Insane asylums in Bengal annual reports 1867-1875 - 1867-1875
Year: 1867
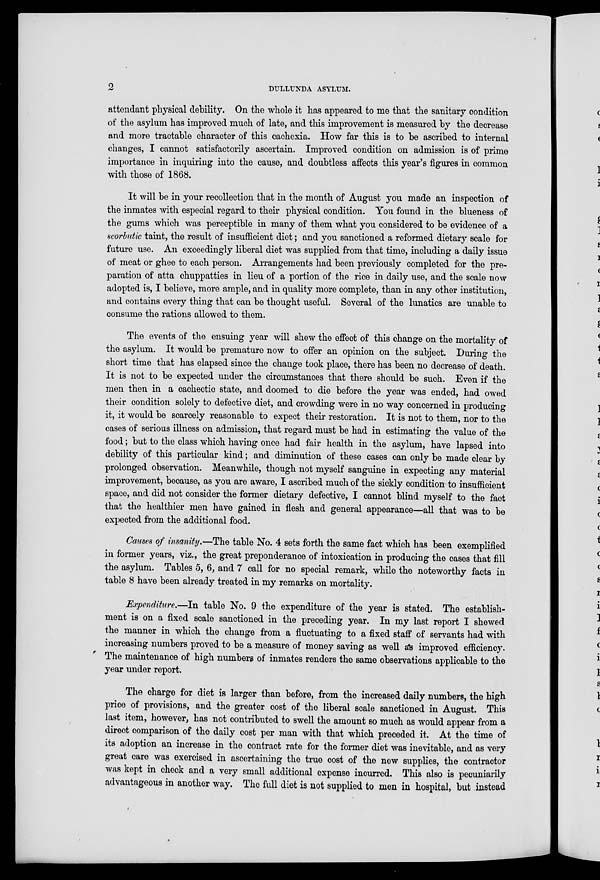
2
DULLUNDA ASYLUM.
attendant physical debility. On the whole it has appeared to me that the sanitary condition
of the asylum has improved much of late, and this improvement is measured by the decrease
and more tractable character of this cachexia. How far this is to be ascribed to internal
changes, I cannot satisfactorily ascertain. Improved condition on admission is of prime
importance in inquiring into the cause, and doubtless affects this year's figures in common
with those of 1868.
It will be in your recollection that in the month of August you made an inspection of
the inmates with especial regard to their physical condition. You found in the blueness of
the gums which was perceptible in many of them what you considered to be evidence of a
scorbutic taint, the result of insufficient diet; and you sanctioned a reformed dietary scale for
future use. An exceedingly liberal diet was supplied from that time, including a daily issue
of meat or ghee to each person. Arrangements had been previously completed for the pre-
paration of atta chuppatties in lieu of a portion of the rice in daily use, and the scale now
adopted is, I believe, more ample, and in quality more complete, than in any other institution,
and contains every thing that can be thought useful. Several of the lunatics are unable to
consume the rations allowed to them.
The events of the ensuing year will shew the effect of this change on the mortality of
the asylum. It would be premature now to offer an opinion on the subject. During the
short time that has elapsed since the change took place, there has been no decrease of death.
It is not to be expected under the circumstances that there should be such. Even if the
men then in a cachectic state, and doomed to die before the year was ended, had owed
their condition solely to defective diet, and crowding were in no way concerned in producing
it, it would be scarcely reasonable to expect their restoration. It is not to them, nor to the
cases of serious illness on admission, that regard must be had in estimating the value of the
food; but to the class which having once had fair health in the asylum, have lapsed into
debility of this particular kind; and diminution of these cases can only be made clear by
prolonged observation. Meanwhile, though not myself sanguine in expecting any material
improvement, because, as you are aware, I ascribed much of the sickly condition to insufficient
space, and did not consider the former dietary defective, I cannot blind myself to the fact
that the healthier men have gained in flesh and general appearance—all that was to be
expected from the additional food.
Causes of insanity.—The table No. 4 sets forth the same fact which has been exemplified
in former years, viz., the great preponderance of intoxication in producing the cases that fill
the asylum. Tables 5, 6, and 7 call for no special remark, while the noteworthy facts in
table 8 have been already treated in my remarks on mortality.
Expenditure.—In table No. 9 the expenditure of the year is stated. The establish-
ment is on a fixed scale sanctioned in the preceding year. In my last report I shewed
the manner in which the change from a fluctuating to a fixed staff of servants had with
increasing numbers proved to be a measure of money saving as well as improved efficiency.
The maintenance of high numbers of inmates renders the same observations applicable to the
year under report.
The charge for diet is larger than before, from the increased daily numbers, the high
price of provisions, and the greater cost of the liberal scale sanctioned in August. This
last item, however, has not contributed to swell the amount so much as would appear from a
direct comparison of the daily cost per man with that which preceded it. At the time of
its adoption an increase in the contract rate for the former diet was inevitable, and as very
great care was exercised in ascertaining the true cost of the new supplies, the contractor
was kept in check and a very small additional expense incurred. This also is pecuniarily
advantageous in another way. The full diet is not supplied to men in hospital, but instead